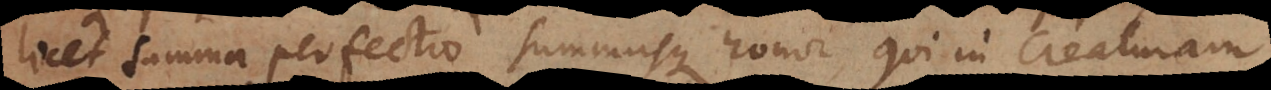
licet summa perfectio summusque honor qui in creaturam